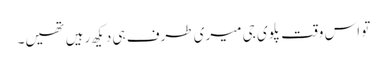
تو اس وقت پلوی جی میری طرف ہی دیکھ رہیں تھیں۔